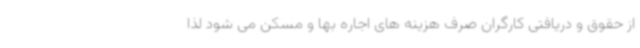
از حقوق و دریافتی کارگران صرف هزینه های اجاره بها و مسکن می شود لذا